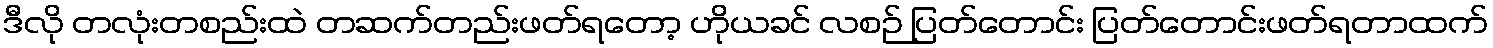
ဒီလို တလုံးတစည်းထဲ တဆက်တည်းဖတ်ရတော့ ဟိုယခင် လစဉ် ပြတ်တောင်း ပြတ်တောင်းဖတ်ရတာထက်